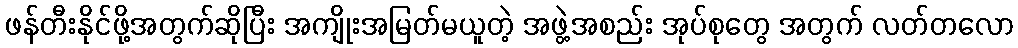
ဖန်တီးနိုင်ဖို့အတွက်ဆိုပြီး အကျိုးအမြတ်မယူတဲ့ အဖွဲ့အစည်း အုပ်စုတွေ အတွက် လတ်တလော